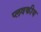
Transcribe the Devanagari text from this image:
प्लवकीय